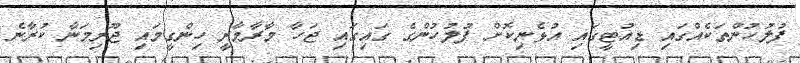
ފުލުހުންތަކެއްގައި ޑިއުޓީގައި އުޅެނިކޮށް ފުލުހުންގެ ގައިގައި ޖަހާ މާރާމާރީ ހިންގީމައި ޖޫރިމަނާ ކުރާނެ